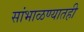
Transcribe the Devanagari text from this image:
सांभाळण्यातही